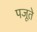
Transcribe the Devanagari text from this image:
पजूते